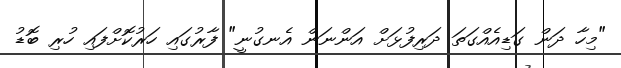
"މިހާ ދަން ގަޑިއެއްގަތަ ދަރިފުޅަށް އަންނަން އެނގުނީ" ފާރުގައި ހަރުކޮށްފައި ހުރި ބޮޑު